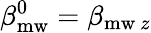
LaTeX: \beta_{\mathrm{mw}}^{0}=\beta_{\mathrm{mw}~z}